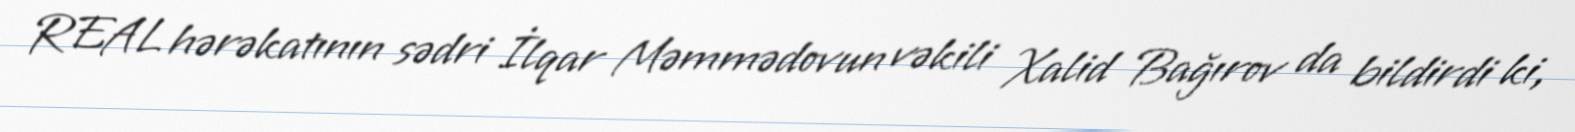
REAL hərəkatının sədri İlqar Məmmədovun vəkili Xalid Bağırov da bildirdi ki,